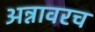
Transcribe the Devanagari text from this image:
अन्नावरच